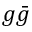
g { \bar { g } }